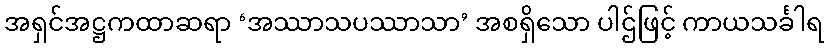
အရှင်အဋ္ဌကထာဆရာ ‘အဿာသပဿာသာ’ အစရှိသော ပါဌ်ဖြင့် ကာယသင်္ခါရ